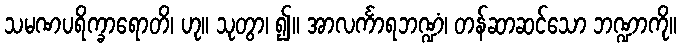
သမဏပရိက္ခာရောတိ၊ ဟု။ သုတွာ၊ ၍။ အာလင်္ကာရဘဏ္ဍံ၊ တန်ဆာဆင်သော ဘဏ္ဍာကို။